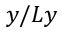
y / L y